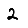
Digit: 2